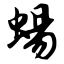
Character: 蜴